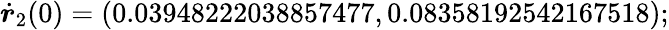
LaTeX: \dot{\boldsymbol{r}}_{2}(0)=(0.03948222038857477,0.08358192542167518);